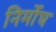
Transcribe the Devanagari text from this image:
निर्मोघ